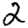
Digit: 2